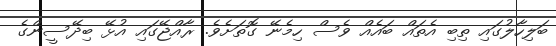
ބަލިހާލުގައި ތިބި އެތައް ބައެއް ވެސް ހިމެނޭ ގޮތަށެވެ. ރާއްޖޭގައި އުޅޭ ބިދޭސީންގެ